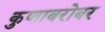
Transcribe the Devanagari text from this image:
कुणाबरोबर